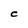
Character: C